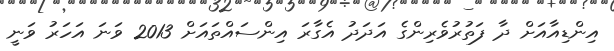
އިންޑިއާއަށް ދާ ފަތުރުވެރިންގެ އަދަދު އެގާރަ އިންސައްތައަށް 2013 ވަނަ އަހަރު ވަނީ